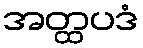
အတ္ထပဒံ